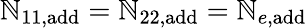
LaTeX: \mathbb{N}_{11,{\textrm{{add}}}}=\mathbb{N}_{22,{\textrm{{add}}}}=\mathbb{N}_{e,{\textrm{{add}}}}